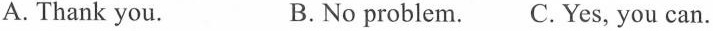
A. Thank you. B.No problem. C. Yes, you can.